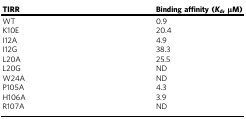
| TIRR | Binding affinity (Kd, μM) |
 | --- | --- |
 | WT | 0.9 |
 | K10E | 20.4 |
 | I12A | 4.9 |
 | I12G | 38.3 |
 | L20A | 25.5 |
 | L20G | ND |
 | W24A | ND |
 | P105A | 4.3 |
 | H106A | 3.9 |
 | R107A | ND |